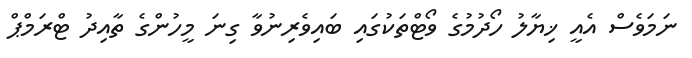
ނަމަވެސް އެއީ ޚިޔާލު ހޯދުމުގެ ވޯޓްތަކުގައި ބައިވެރިނުވާ ގިނަ މީހުންގެ ތާއިދު ޓްރަމްޕް